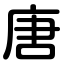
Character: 唐